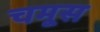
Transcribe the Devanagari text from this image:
चमूस